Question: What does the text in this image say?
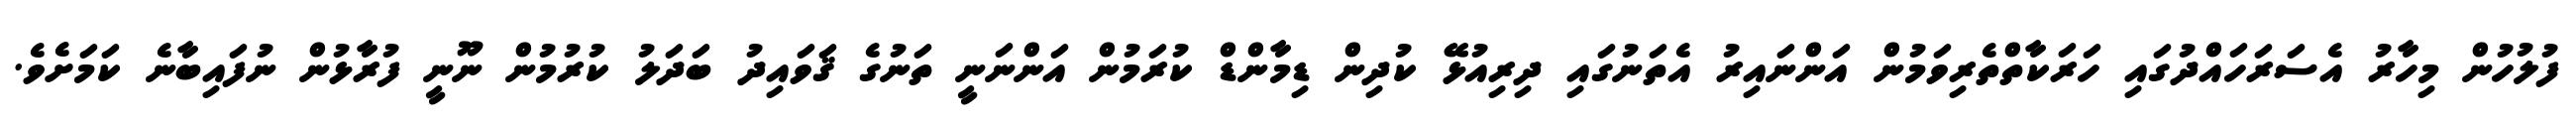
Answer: ފުލުހުން މިހާރު އެސަރަހައްދުގައި ހަރަކާތްތެރިވަމުން އަންނައިރު އެތަނުގައި ދިރިއުޅޭ ކުދިން ޑިމާންޑް ކުރަމުން އަންނަނީ ތަނުގެ ޤަވައިދު ބަދަލު ކުރުމުން ނޫނީ ފުރާޅުން ނުފައިބާނެ ކަމަށެވެ.